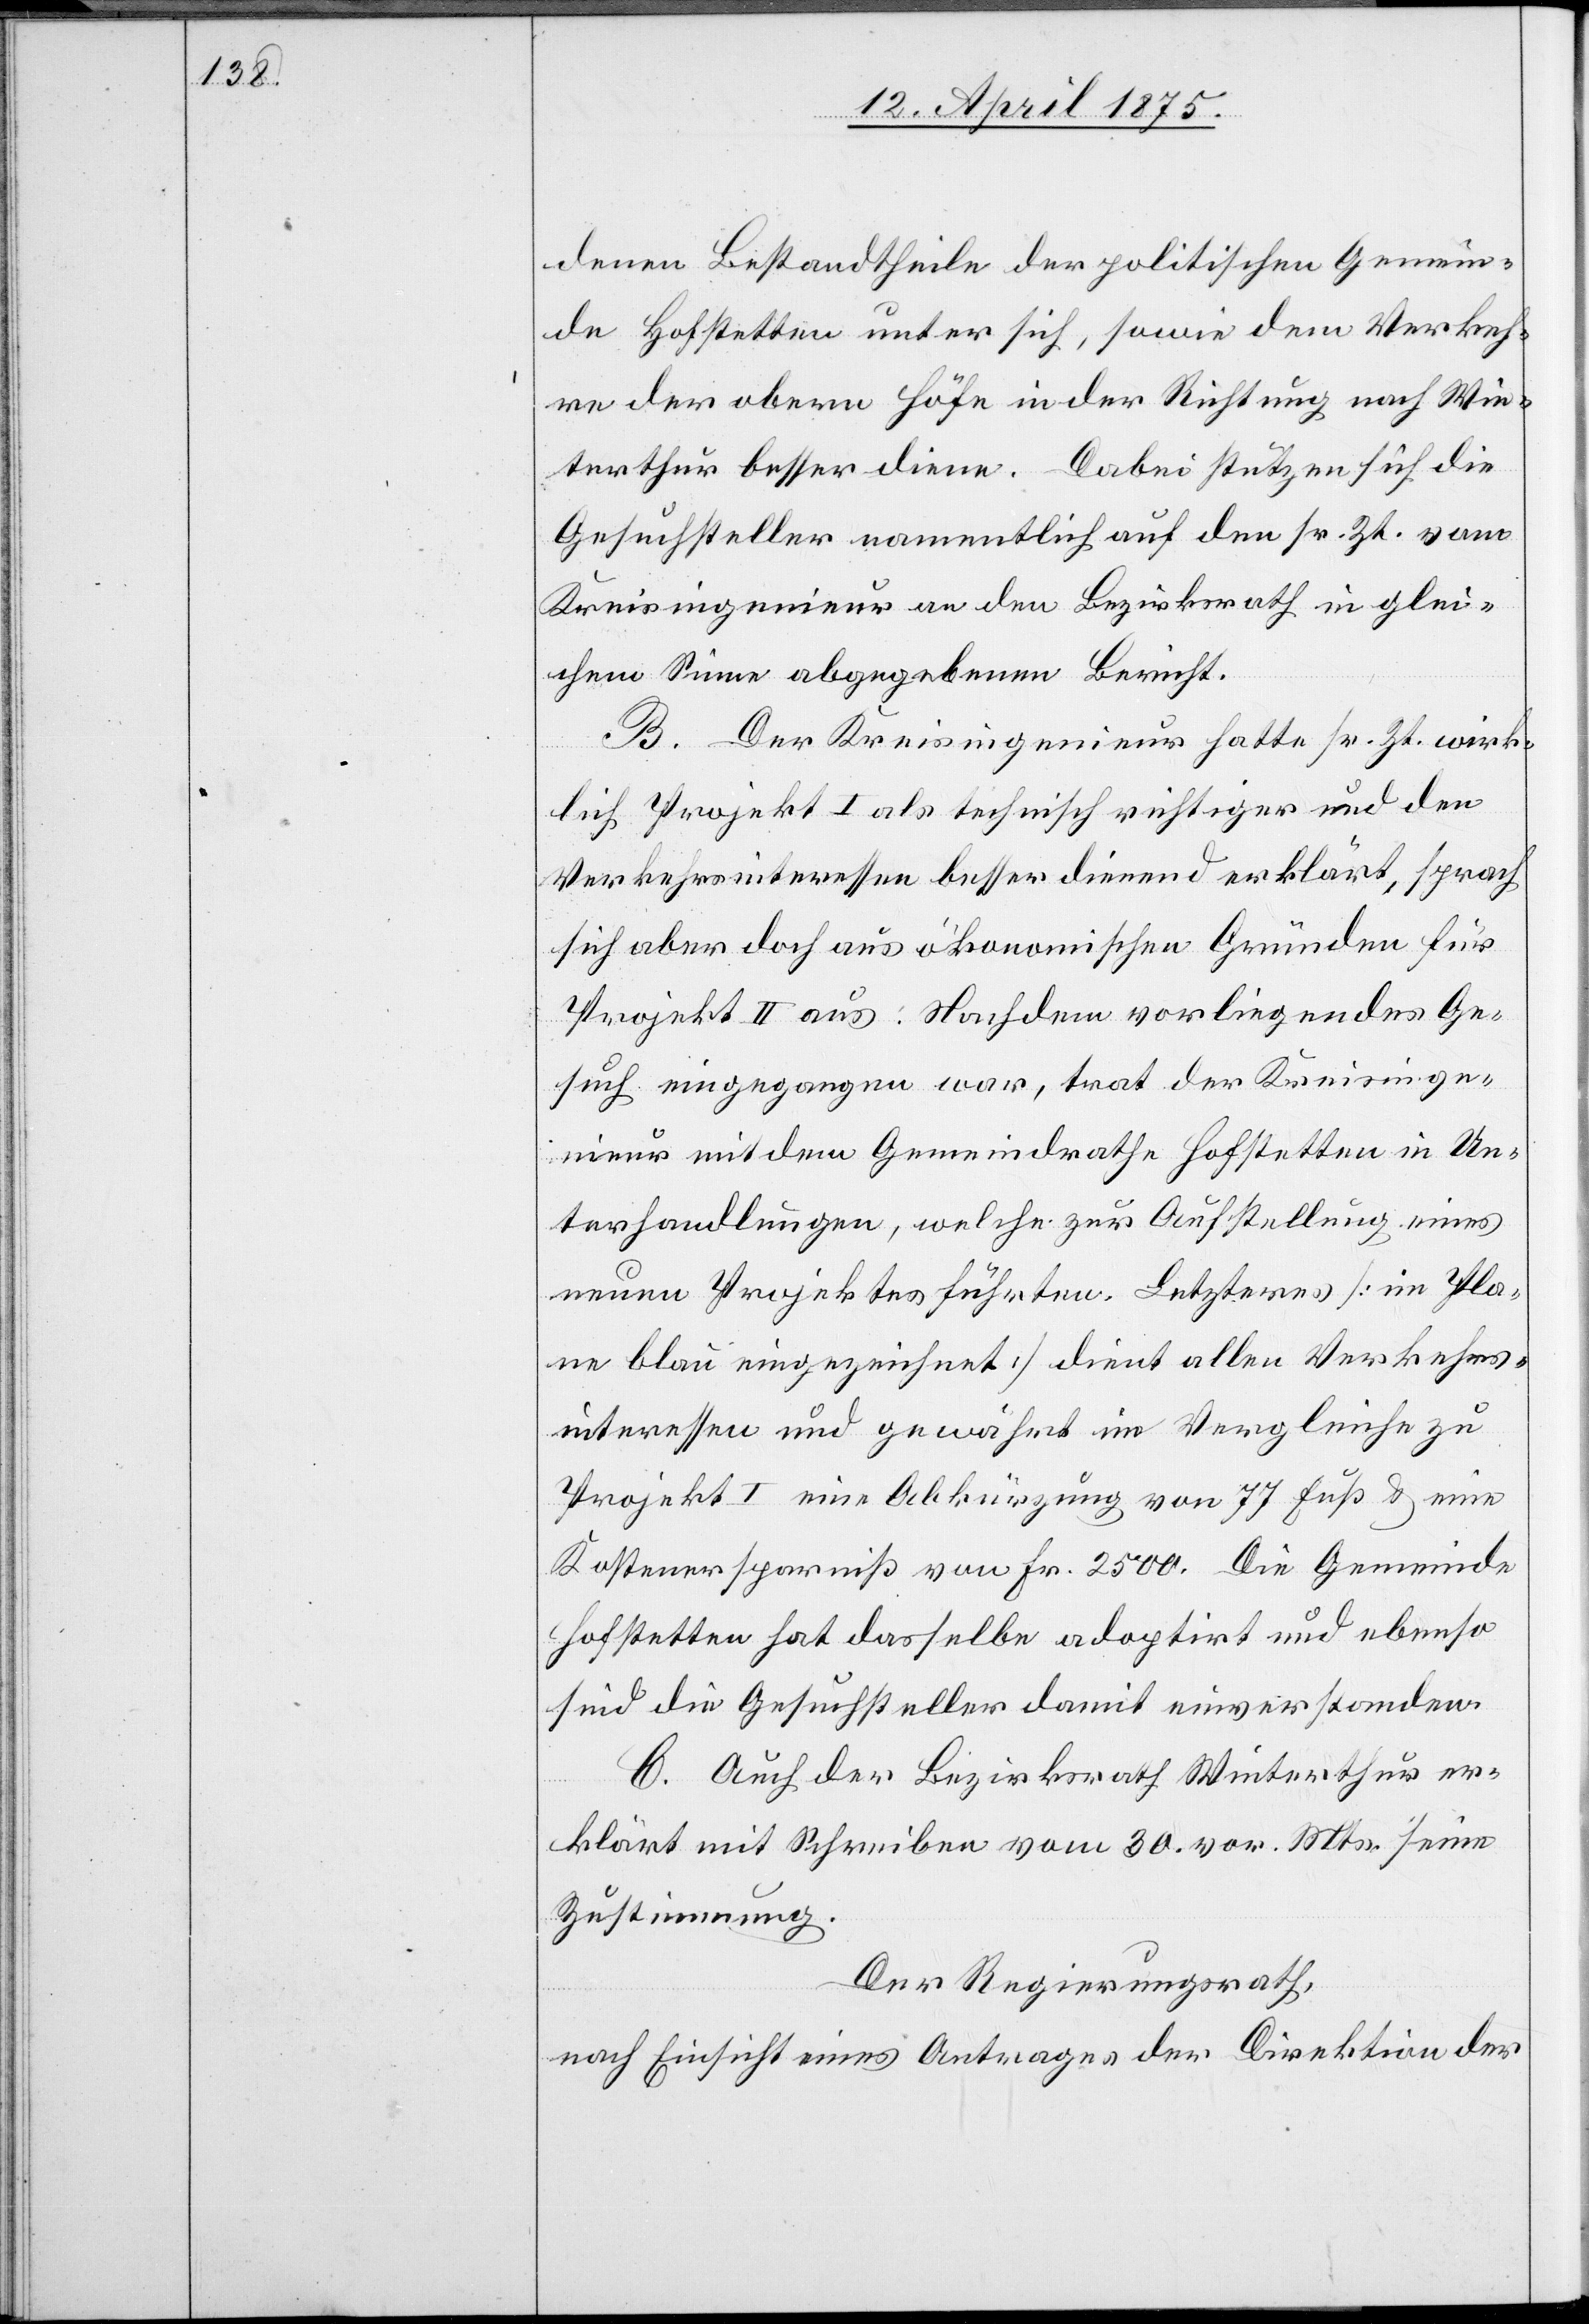
denen Bestandtheile der politischen Gemein¬
de Hofstetten unter sich, sowie dem Verkeh¬
re der obern Höfe in der Richtung nach Win¬
terthur besser diene. Dabei stützen sich die
Gesuchsteller namentlich auf den sr. Zt. vom
Kreisingenieur an den Bezirksrath in glei¬
chem Sinne abgegebenen Bericht,
B. Der Kreisingenieur hatte sr. Zt. wirk¬
lich Projekt I als technisch richtiger und den
Verkehrsinteressen besser dienend erklärt, sprach¬
lich aber doch aus ökonomischen Gründen für
Projekt II aus: Nachdem vorliegendes Ge¬
such eingegangen war, trat der Kreisinge¬
neur mit dem Gemeindrathe Hofstetten in Un¬
terhaltungen, welche zur Ausstellung eines
neuen Projektes führten. Letzteres [im Pla¬
ne blau eingezeichnet] dient allen Verkehrs¬
interessen und gewährt im Vergleich zu
Projekt I eine Abkürzung von 77 Fuß & eine
Kostenersparniß von Fr. 2500. Die Gemeinde
Hofstetten hat dasselbe adoptirt und ebenso
sind die Gesuchsteller damit einverstanden.
C. Auch der Bezirksrath Winterthur er¬
klärt mit Schreiben vom 30. vor. Mts. seine
Zustimmung.
Der Regierungsrath,
nach Einsicht eines Antrages der Direktion der